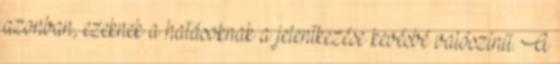
azonban, ezeknek a hatásoknak a jelentkezése kevésbé valószínű. A